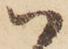
ハ